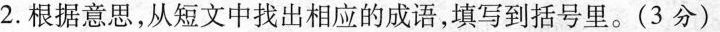
2.根据意思，从短文中找出相应的成语，填写到括号里。(3分)